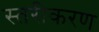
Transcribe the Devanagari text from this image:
स्‍तरीकरण